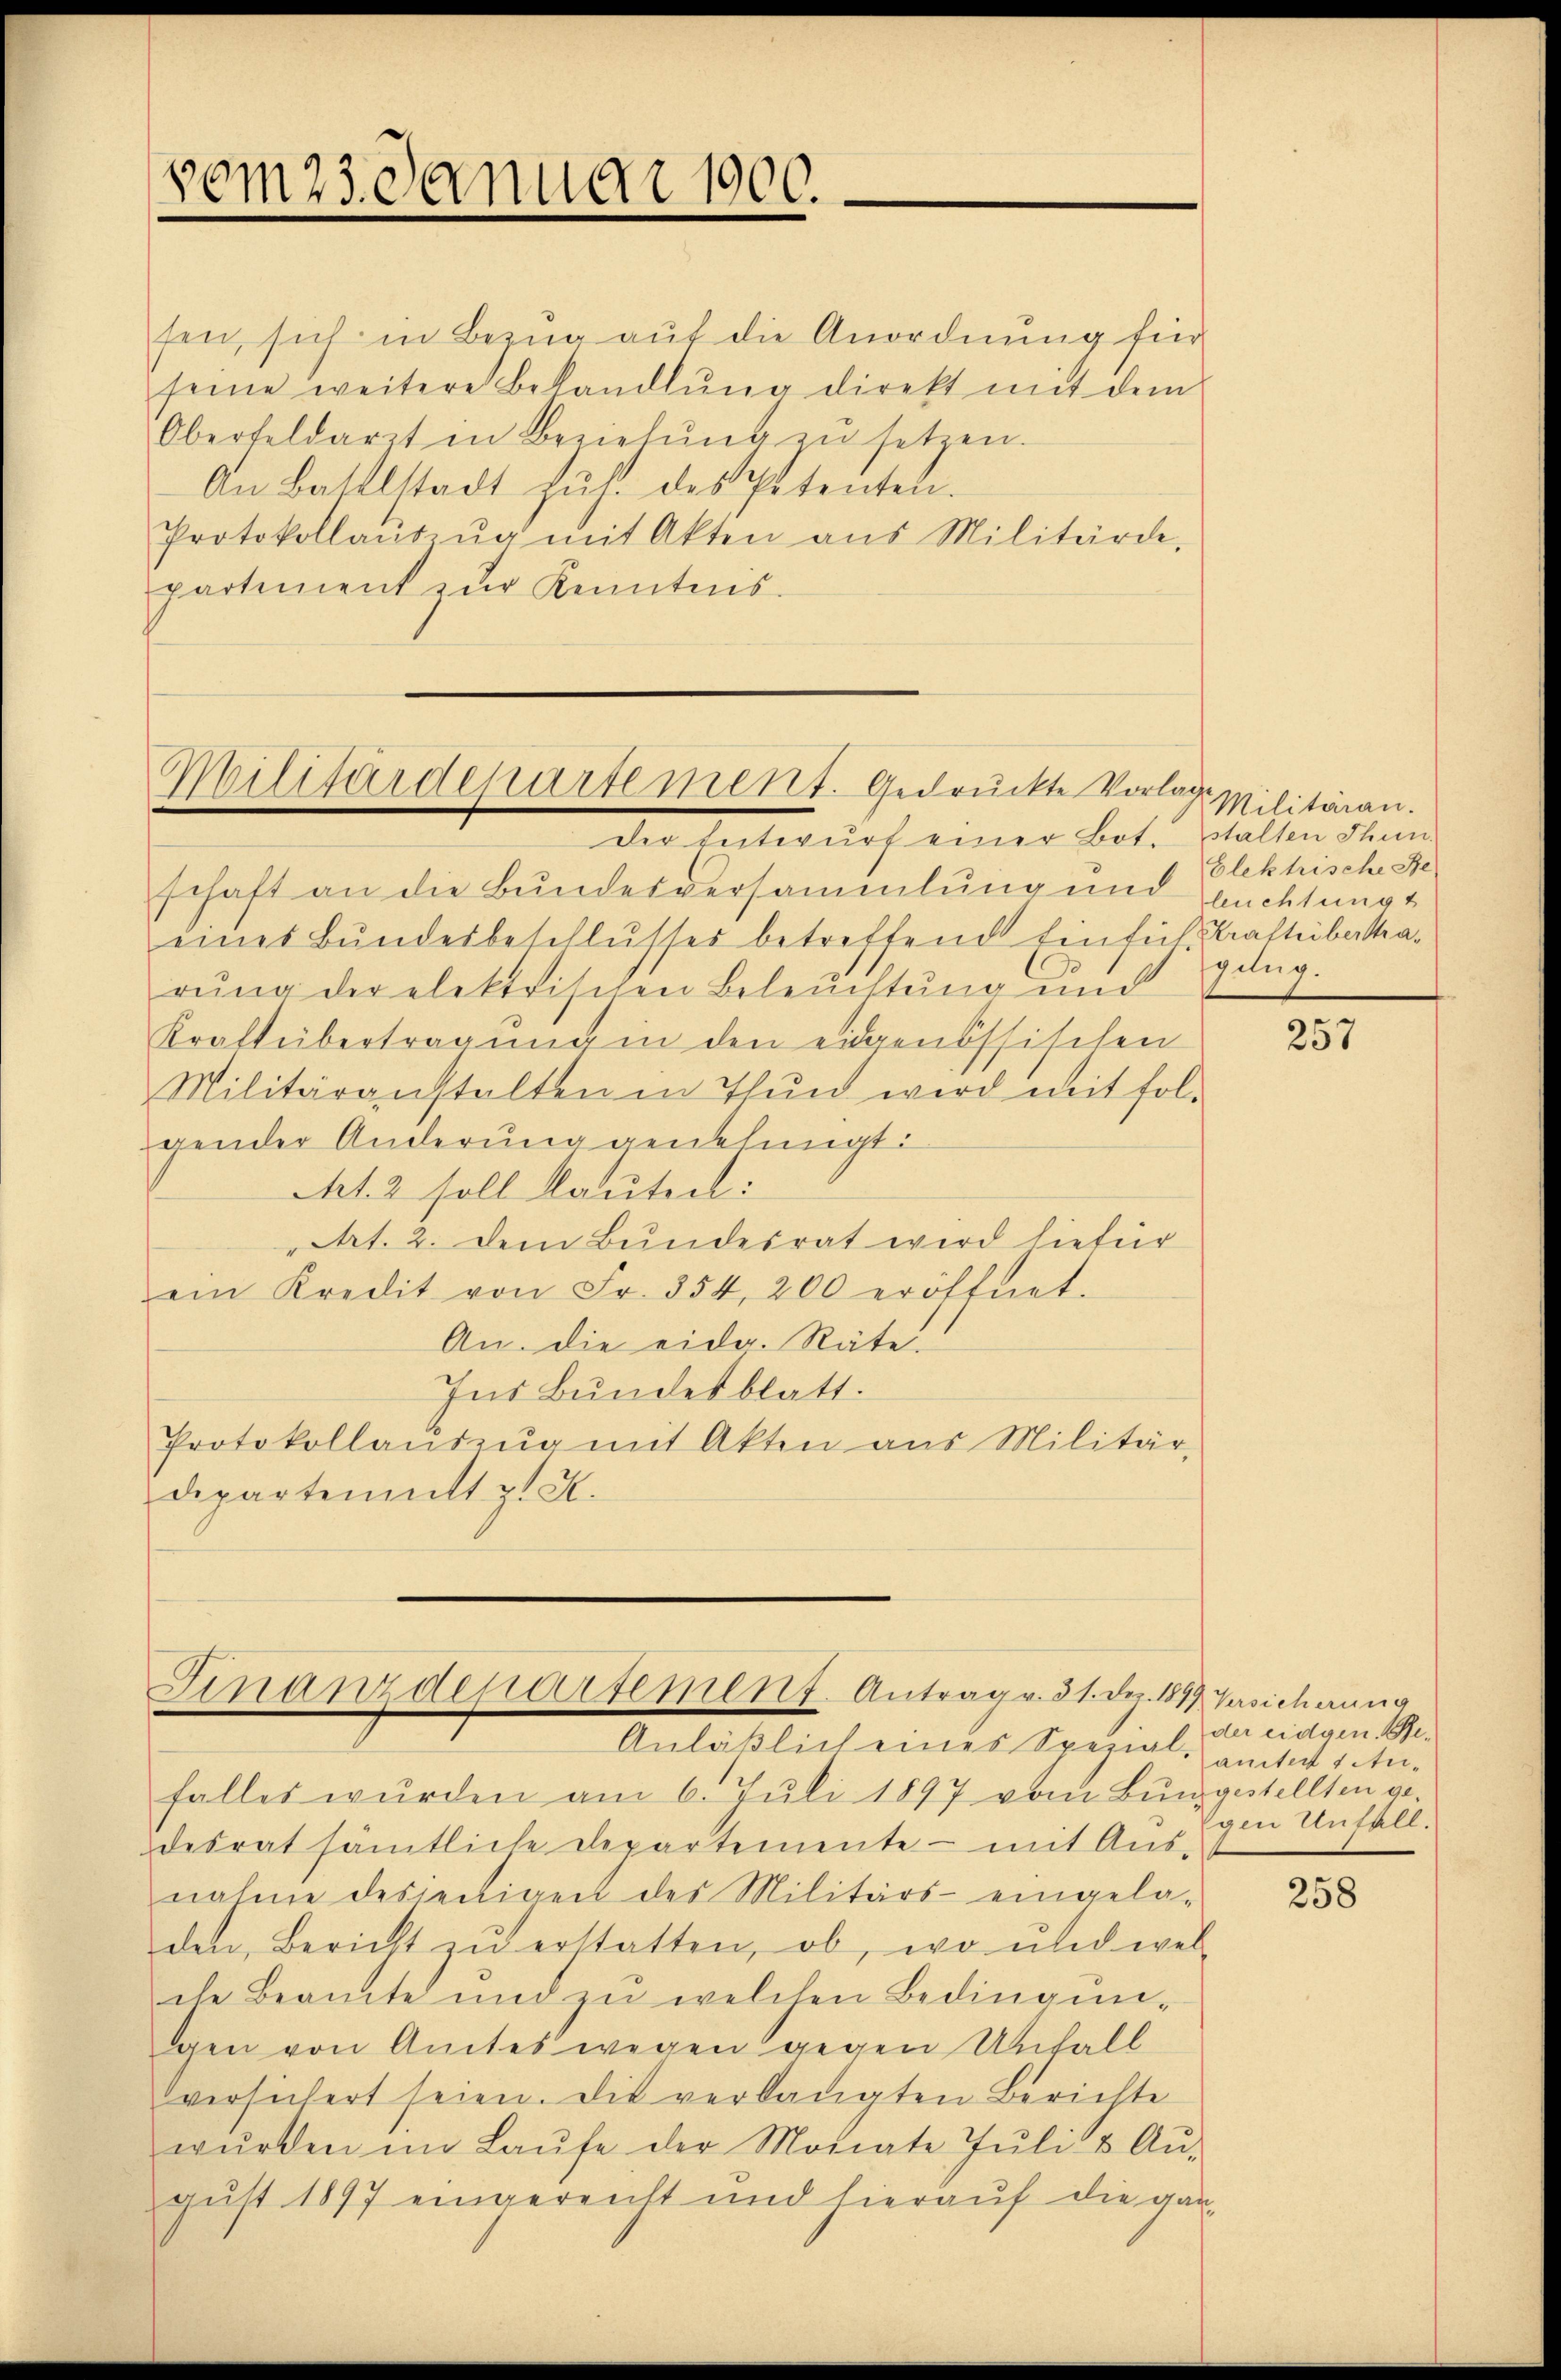
vom 23. Januar 1900.

sen, sich in Bezug auf die Anordnung für
seine weitere Behandlŭng direkt mit dem
Oberfeldarzt in Beziehŭng zŭ setzen.
An Battelstadt Zŭs. des Petenten.
Protokollaŭszŭg mit Akten aus Militärde,
partement zŭr Kenntnis.

Militärdepartement. Gedruckte Vorlage

Finanzdepartement. Antrag v. 31. Dez. 1899 Versicherung

der Entwurf einer bot. Walten dem
schaft an die Bundesversammlung und bachtung
eines Bundesbeschlusses betreffend Einsich Kraftebattarung der elektrischen Beleŭchtŭng und
Kraft übertragŭng in den eidgenössischen
Militäranstalten in Thun wird mit fol-
gender Änderung genehmigt:
Mt. 2 soll lautet:
Art. 2. dem Bundesrat wird hiefür
ein Kredit von Fr. 354, 200 eröffnet.
An. die eider. Räte.
Ins Bundesblatt.
Protokollaŭszŭg mit Akten aus Militär-
departematt p. 5.

Anläßlich eines Spezialamte 1 An-
falles wurden am 6. Juli 1897 vom Bŭmgestellten ge-
desrat sämtliche Departemente - mit Aus-
nahme desjenigen des Militärs- eingela-
den, Bericht zŭ erstatten, ob, wo und wel
che Beamte und zŭ welchen Bedingŭn-
gen von Amtes wegen gegen Unfall
versichert seien. Die verlangten Berichte
wŭrden im Laŭfe der Monate Jŭli & Aŭ-
gust 1897 eingereicht und hierauf die gan-

Militärau.
Elektrische Ste
pelig.

257

der eidgen. Begen Unfall.

258